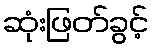
ဆုံးဖြတ်ခွင့်